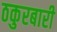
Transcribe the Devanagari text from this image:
ठकुरबारी